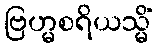
ဗြဟ္မစရိယသ္မိံ